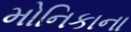
મોનિકાના